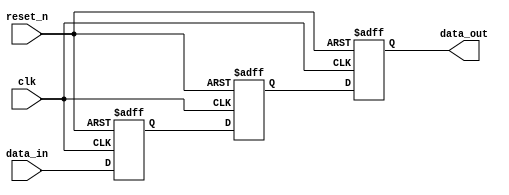
module metastability_filter (
    input wire clk,          // Clock signal
    input wire reset_n,     // Active low asynchronous reset
    input wire data_in,     // Input signal that may transition asynchronously
    output reg data_out     // Filtered output signal synchronized to clk
);

    // Internal signals for the double flip-flop synchronizer
    reg ff1, ff2;

    // Asynchronous reset and double flip-flop synchronizer
    always @(posedge clk or negedge reset_n) begin
        if (!reset_n) begin
            ff1 <= 1'b0;    // Initialize ff1 to known state
            ff2 <= 1'b0;    // Initialize ff2 to known state
            data_out <= 1'b0; // Initialize output to known state
        end else begin
            ff1 <= data_in;  // Sample data_in into ff1 on clk edge
            ff2 <= ff1;      // Sample ff1 into ff2 on next clk edge
            data_out <= ff2; // Output the value of ff2
        end
    end

endmodule